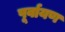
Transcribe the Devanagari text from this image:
पूर्वायण